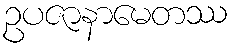
ဥပဇာနာမေတဿ